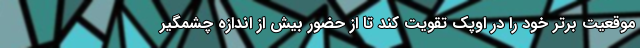
موقعیت برتر خود را در اوپک تقویت کند تا از حضور بیش از اندازه چشمگیر